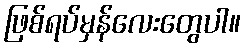
ဖြစ်ရပ်မှန်လေးတွေပါ။